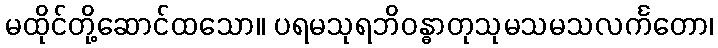
မထိုင်တို့ဆောင်ထသော။ ပရမသုရဘိဝန္ဓာတုသုမသမသလင်္ကတော၊